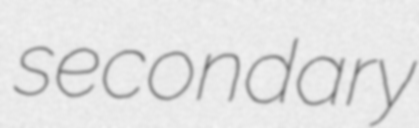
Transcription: secondary